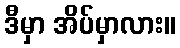
ဒီမှာ အိပ်မှာလား။